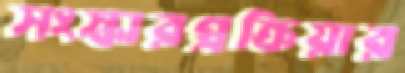
সংস্কারপ্রক্রিয়ার